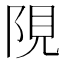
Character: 䧋